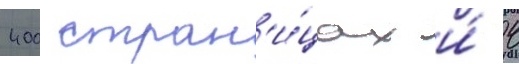
400 стран'и́цах и́ 4